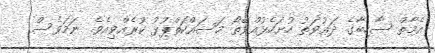
އެމާތް ސާހިބާގެ ދަޢުވަތު ހުށަހެޅުއްވޭތޯ މަސައްކަތްޕުޅު ކުރެއްވިއެވެ. ނަމަވެސް